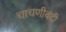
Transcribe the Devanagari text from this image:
चाचणीबंदी